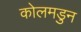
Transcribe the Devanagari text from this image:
कोलमडुन